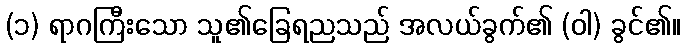
(၁) ရာဂကြီးသော သူ၏ခြေရညသည် အလယ်ခွက်၏ (ဝါ) ခွင်၏။